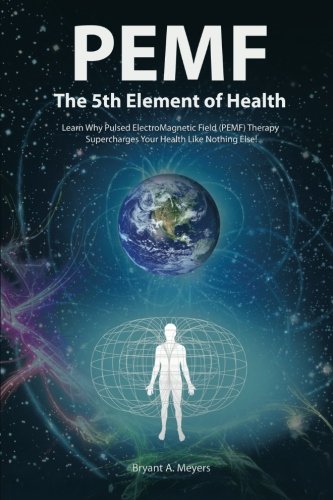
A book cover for PEMF - The Fifth Element of Health: Learn Why Pulsed Electromagnetic Field (PEMF) Therapy Supercharges Your Health Like Nothing Else!; Bryant A. Meyers; Health, Fitness & Dieting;